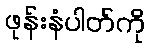
ဖုန်းနံပါတ်ကို